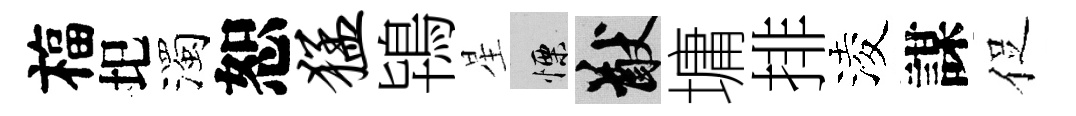
福圯濁恕猛鴇星慄猷墉排淩謀促